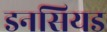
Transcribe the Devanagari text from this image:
डनसियड